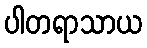
ပါတရာသာယ